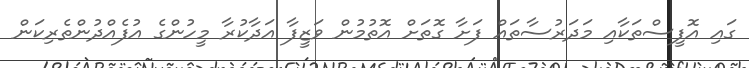
ގައި އޮފީސްތަކާއި މަދަރުސާތައް ފަށާ ގޮތަށް އޮތުމުން ވަޒީފާ އަދާކުރާ މީހުންގެ އުފެއްދުންތެރިކަން